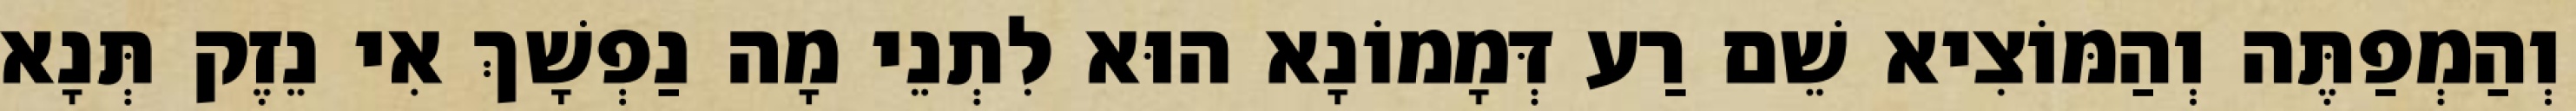
וְהַמְפַתֶּה וְהַמּוֹצִיא שֵׁם רַע דְּמָמוֹנָא הוּא לִתְנֵי מָה נַפְשָׁךְ אִי נֵזֶק תְּנָא